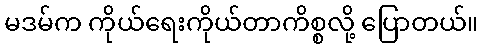
မဒမ်က ကိုယ်ရေးကိုယ်တာကိစ္စလို့ ပြောတယ်။